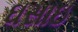
ઘસાઇ